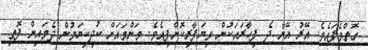
ގޮތްވެފައެވެ. އޭރު އޭނާ ދެ ފިހާރައަކުން ވިޔަފާރިކޮށްފިއެވެ. މަންމައަށް ކުދިކިޔަމުން ދެމައިން ފޮތި